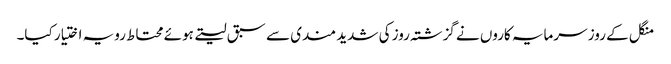
منگل کے روز سرمایہ کاروں نے گزشتہ روز کی شدید مندی سے سبق لیتے ہوئے محتاط رویہ اختیار کیا۔